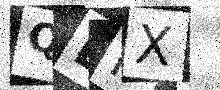
Text: QDIX